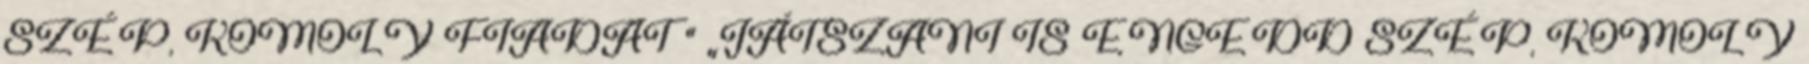
SZÉP, KOMOLY FIADAT " „JÁTSZANI IS ENGEDD SZÉP, KOMOLY